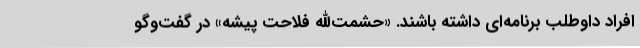
افراد داوطلب برنامه‌ای داشته باشند. «حشمت‌الله فلاحت پیشه» در گفت‌وگو